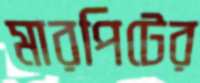
মারপিটের